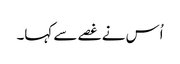
اُس نے غصے سے کہا۔